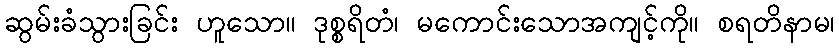
ဆွမ်းခံသွားခြင်း ဟူသော။ ဒုစ္စရိတံ၊ မကောင်းသောအကျင့်ကို။ စရတိနာမ၊